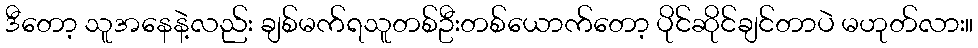
ဒီတော့ သူအနေနဲ့လည်း ချစ်မက်ရသူတစ်ဦးတစ်ယောက်တော့ ပိုင်ဆိုင်ချင်တာပဲ မဟုတ်လား။